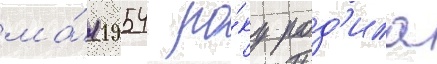
ма́я 1954 ро́ку род'ила